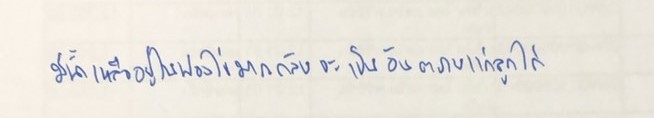
มีน้ำเหลืออยู่ในฟองไข่มากกลับจะเป็นอันตรายแก่ลูกไก่